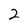
Character: 2